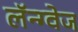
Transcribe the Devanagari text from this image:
लॅन्ग्वेज